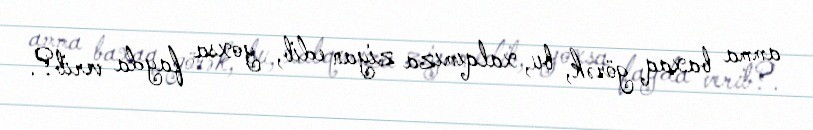
amma baxaq görək, bu, xalqımıza ziyan edib, yoxsa fayda verib?.